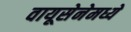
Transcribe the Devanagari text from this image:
वायूसेनेमध्ये